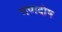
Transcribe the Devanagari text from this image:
गणदोष